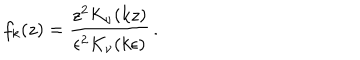
f _ { k } ( z ) = { \frac { z ^ { 2 } K _ { \nu } ( k z ) } { \epsilon ^ { 2 } K _ { \nu } ( k \epsilon ) } } \, .